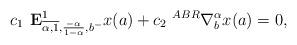
LaTeX: \begin{align*} c_1 \textbf{ E}^1_{\overline{\alpha,1}, \frac{-\alpha}{1-\alpha},b^-}x(a)+ c_2 ~^{ABR}\nabla_b^\alpha x(a)=0,\end{align*}